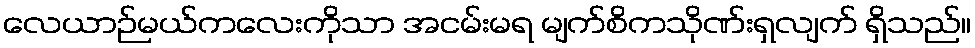
လေယာဉ်မယ်ကလေးကိုသာ အငမ်းမရ မျက်စိကသိုဏ်းရှလျက် ရှိသည်။